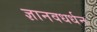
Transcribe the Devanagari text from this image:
ज्ञानवधर्धन